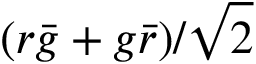
( r { \bar { g } } + g { \bar { r } } ) / { \sqrt { 2 } }